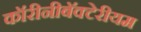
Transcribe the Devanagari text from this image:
कॉरीनीबॅक्टेरीयम